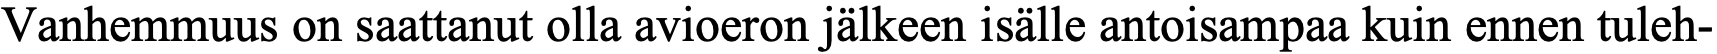
Vanhemmuus on saattanut olla avioeron jälkeen isälle antoisampaa kuin ennen tuleh-